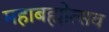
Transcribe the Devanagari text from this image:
महाबह्मोत्‍सव